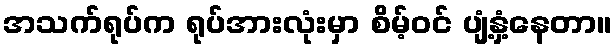
အသက်ရုပ်က ရုပ်အားလုံးမှာ စိမ့်ဝင် ပျံ့နှံ့နေတာ။